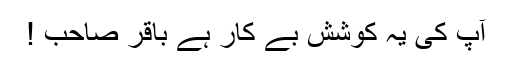
آپ کی یہ کوشش بے کار ہے باقر صاحب !